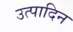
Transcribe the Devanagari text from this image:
उत्पादिन